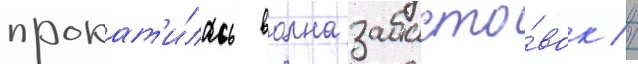
прокат'и́лась волна забасто́вок //